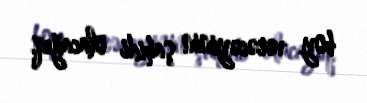
boy verəcəyinin şahidi olacağıq.